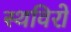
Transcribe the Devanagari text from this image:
स्थविरो